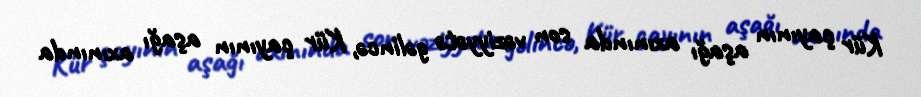
Kür çayının aşağı axınında son vəziyyətə gəlincə, Kür çayının aşağı axınında